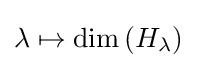
\lambda \mapsto \operatorname {dim} \left(H_{\lambda }\right)